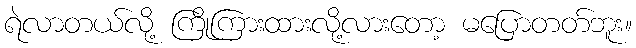
ရဲလာတယ်လို့ ကြိုကြားထားလို့လားတော့ မပြောတတ်ဘူး။